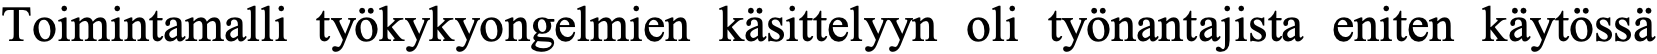
Toimintamalli työkykyongelmien käsittelyyn oli työnantajista eniten käytössä